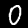
Digit: 0